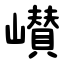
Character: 㠝